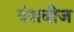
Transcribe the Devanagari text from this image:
वंशबीज